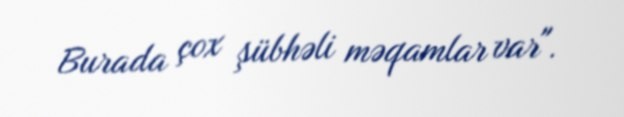
Burada çox şübhəli məqamlar var".